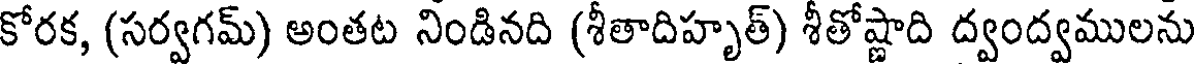
కోరక, (సర్వగమ్) అంతట నిండినది (శీతాదిహృత్) శీతోష్ణాది ద్వంద్వములను